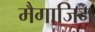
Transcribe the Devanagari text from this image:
मैगाजिन